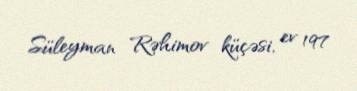
Süleyman Rəhimov küçəsi, ev 197